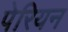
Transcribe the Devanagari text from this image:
पेरियन